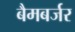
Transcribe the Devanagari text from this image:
बैमबर्जर